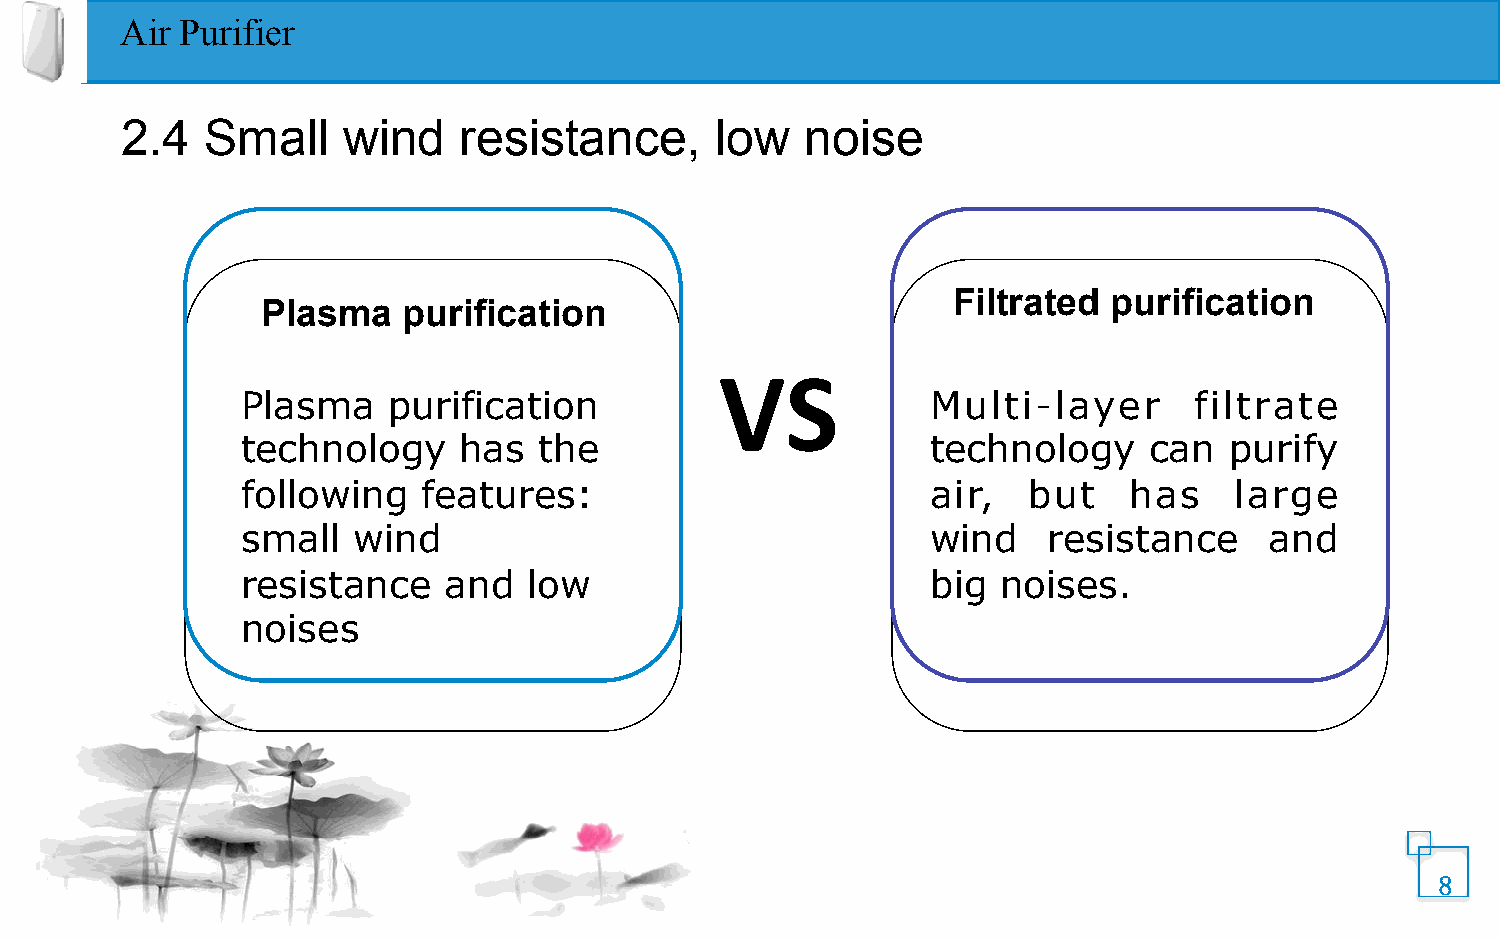
Air Purifier
 2.4   Small    wind   resistance,      low   noise
 Filtrated  purification
 Plasma    purification
 VS
 Plasma    purification                        Multi-layer      filtrate
 technology    has   the                       technology    can  purify
 following   features:                         air,  but    has    large
 small  wind                                   wind   resistance     and
 resistance   and   low                        big noises.
 noises
 8